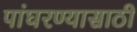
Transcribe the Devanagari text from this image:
पांघरण्यासाठी